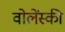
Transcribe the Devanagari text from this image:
वोलेंस्की